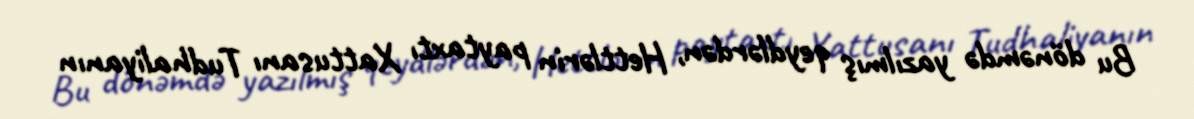
Bu dönəmdə yazılmış qeydlərdən, Hettlərin paytaxtı Xattusanı Tudhaliyanın